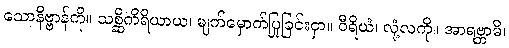
သောနိဗ္ဗာန်ကို။ သစ္ဆိကိရိယာယ၊ မျက်မှောက်ပြုခြင်းငှာ။ ဝီရိယံ၊ လုံ့လကို။ အာရဗ္ဘာမိ၊